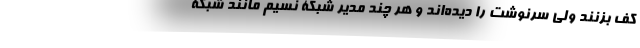
کف بزنند ولی سرنوشت را دیده‌اند و هر چند مدیر شبکۀ نسیم مانند شبکۀ